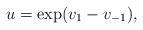
LaTeX: \begin{align*}u=\exp(v_1-v_{-1}),\end{align*}